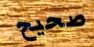
صحيح